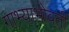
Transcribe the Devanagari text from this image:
गाभ्याभोवती